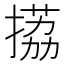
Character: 𢲊